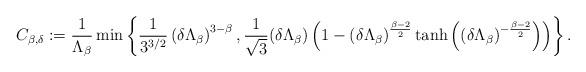
LaTeX: \begin{align*}C_{\beta,\delta} := \frac{1}{\Lambda_{\beta}}\min\left\{\frac{1}{3^{3/2}}\left(\delta\Lambda_{\beta}\right)^{3-\beta},\frac{1}{\sqrt{3}}(\delta\Lambda_{\beta})\left(1- \left(\delta\Lambda_{\beta}\right)^{\frac{\beta-2}{2}}\tanh\left(\left(\delta\Lambda_{\beta}\right)^{-\frac{\beta-2}{2}}\right)\right)\right\}.\end{align*}